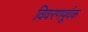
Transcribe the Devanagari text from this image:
विवरणपूर्वक